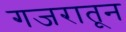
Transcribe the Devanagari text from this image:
गजरातून